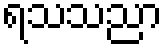
ရသသညာ